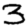
Digit: 3